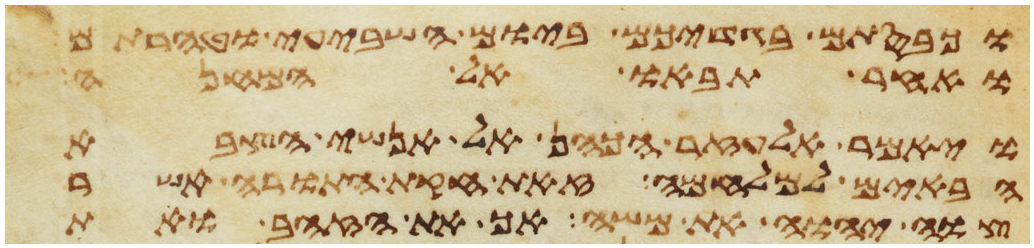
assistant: וכבסתם בגדיכם ביום השביעי וטהרתם
ואחר תבאו אל המחנה
ויאמר אלעזר הכהן אל אנשי הצבא
הבאים למלחמה זאת חקת התורה אשר
צוה יהוה את משה אך את הזהב ואת